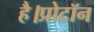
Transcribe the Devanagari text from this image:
है।प्रोटॉन